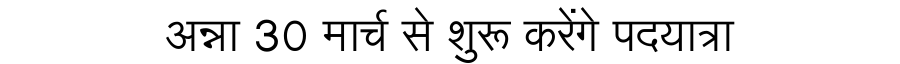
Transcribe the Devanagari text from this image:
अन्ना 30 मार्च से शुरू करेंगे पदयात्रा